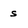
Character: s